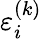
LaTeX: \varepsilon_{i}^{(k)}